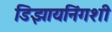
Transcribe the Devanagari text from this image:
डिझायनिंगशी